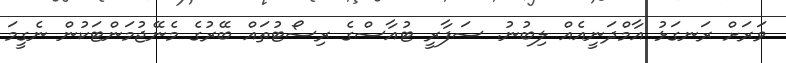
ވަރަށް ރަނގަޅު އާމްދަނީއެއް ލިބުނު. ސަފާރީ ޓުއާސްގެ ރިސޯޓުތައް ބޭރުގެ މެނޭޖުމަންޓަކުން ނެގީމަ